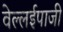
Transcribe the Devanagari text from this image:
वेल्लईपाजी